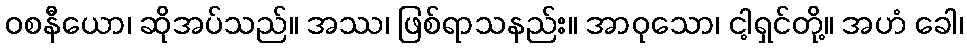
ဝစနီယော၊ ဆိုအပ်သည်။ အဿ၊ ဖြစ်ရာသနည်း။ အာဝုသော၊ ငါ့ရှင်တို့။ အဟံ ခေါ၊